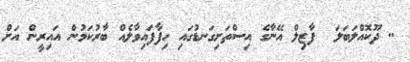
.. ދޫކޮއްލަބަލަ  ފާޒިލް އޭނާގެ އިސްތަށިގަނޑުގައި ހިފާފައިވާލެއް ބާރުކަމުން އައިރީން އަށް